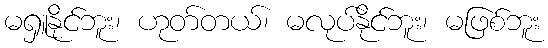
မရှူနိုင်ဘူး၊ ဟုတ်တယ်၊ မလုပ်နိုင်ဘူး၊ မဖြစ်ဘူး